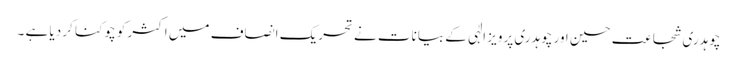
چوہدری شجاعت حسین اور چوہدری پرویز الٰہی کے بیانات نے تحریک انصاف میں اکثر کو چوکنا کر دیا ہے ۔